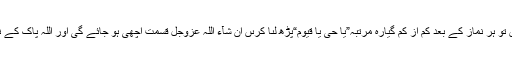
اگر پریشانیاں تنگ کرتی ہوں تو ہر نماز کے بعد کم اَز کم گیارہ مرتبہ”یَا حَیُّ یَا قَیُّوْمُ“پڑھ لىا کرىں اِنْ شَآءَ اللّٰہ عَزَّوَجَلَّ قسمت اچھى ہو جائے گی اور اللہ پاک کے نام کے وِرد سے فائدہ ہو گا ۔